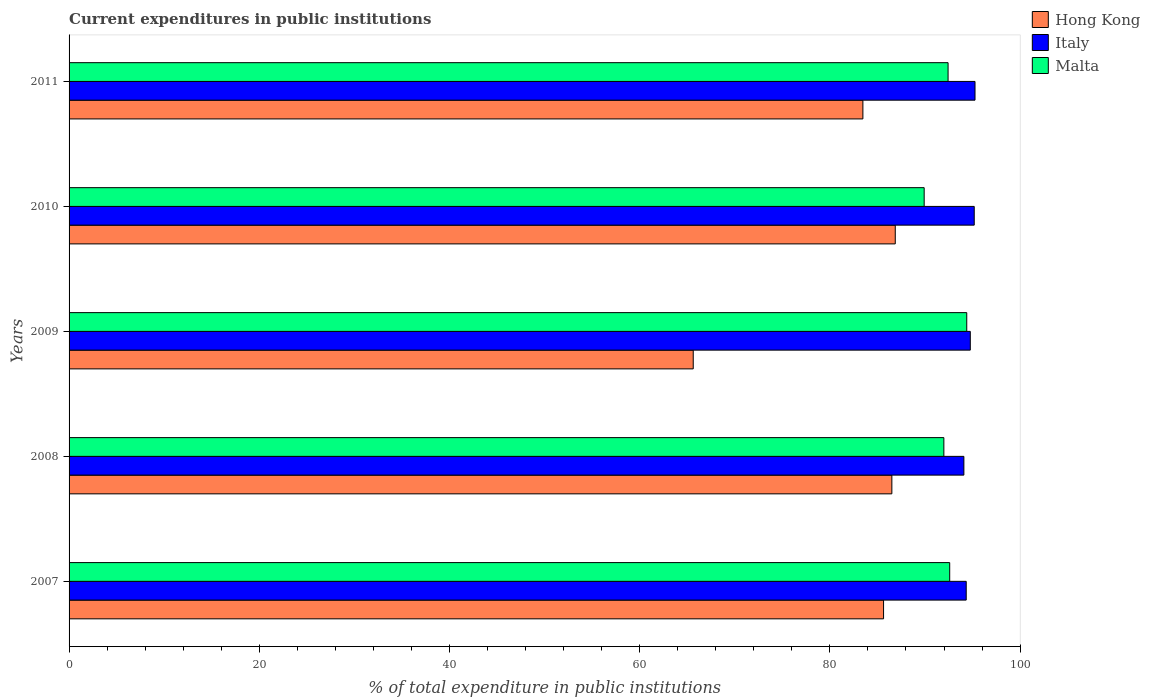
| Years | Hong Kong | Italy | Malta |
 | --- | --- | --- | --- |
 | 2007 | 85.6 | 94.3 | 92.6 |
 | 2008 | 86.5 | 94.1 | 92 |
 | 2009 | 65.6 | 94.8 | 94.4 |
 | 2010 | 86.9 | 95.2 | 89.9 |
 | 2011 | 83.5 | 95.3 | 92.4 |